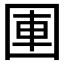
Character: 𪢫